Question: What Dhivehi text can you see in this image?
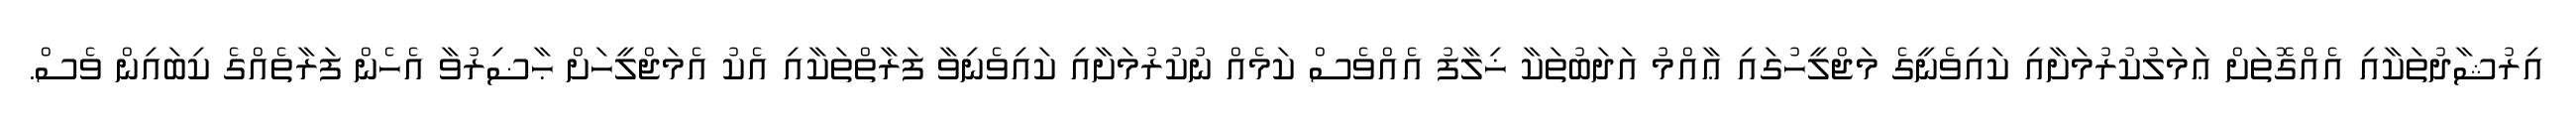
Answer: އިރުޝާދުތަކާއި އެއްގޮތަށް ޢަމަލުކުރުމަށާއި ކައިވެނީގެ މަޖްލީހުގައި ޢާއްމު އަދަބުތަކާ ޚިލާފު އެއްވެސް ކަމެއް ނުކުރުމަށާއި ކައިވެނިވާ ފަރާތްތަކާއި އެކު އެމަޖްލީހަށް ޙާޟިރުވާ އެހެން ފަރާތެއްގެ ކިބައިން ވެސް.